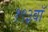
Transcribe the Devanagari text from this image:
१९३वॉ